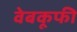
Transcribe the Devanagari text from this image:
वेबकूफी